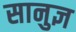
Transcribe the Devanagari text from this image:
सानुज्ञ